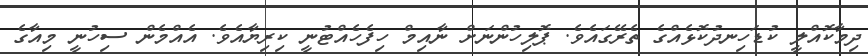
ދިމާކޮއްލީ ކުޑަހިނދުކޮޅެއްގެ ތެރޭގައެވެ. ޕޮލިހުންނަށް ނާއިމް ހިފެހެއްޓުނީ ކިރިޔާއެވެ. އެއްމެން ސިހުނީ މިއާގެ